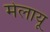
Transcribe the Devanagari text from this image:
मेलायू